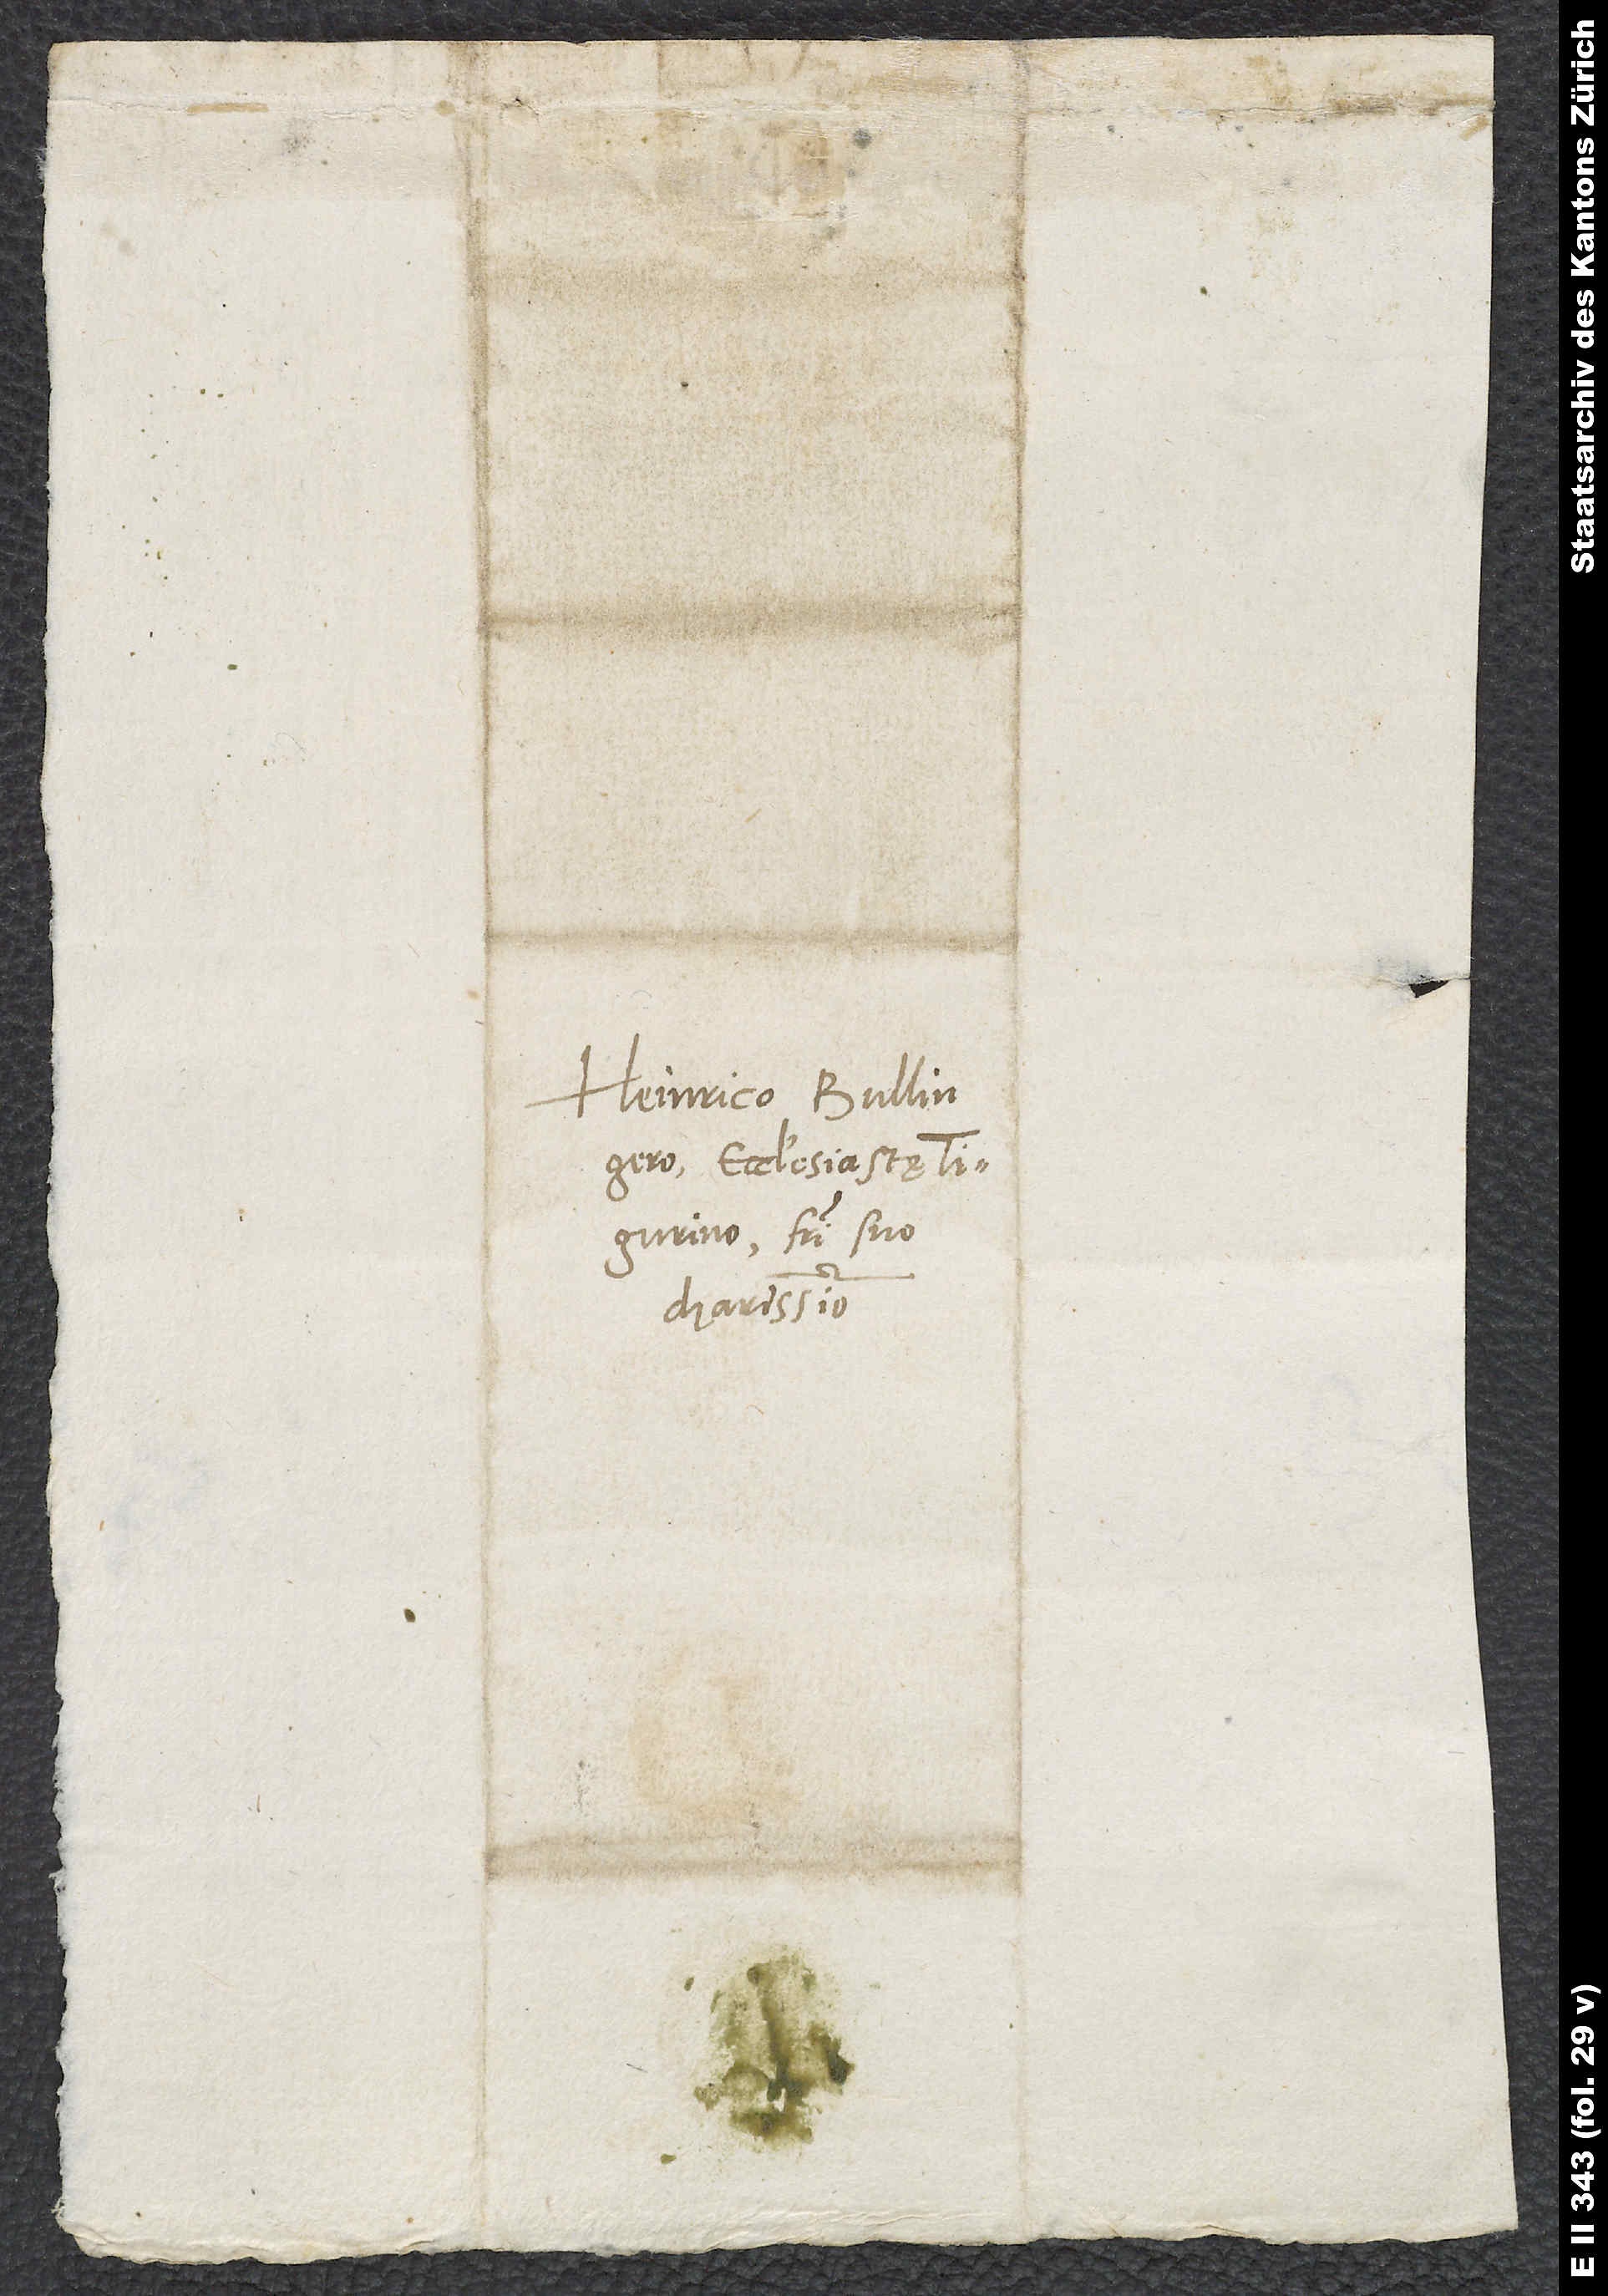
Heinrico Bullingero,
ecclesiastę
Tigurino, fratri suo
charissimo.